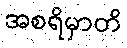
အစရိမှာတိ